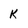
Character: k